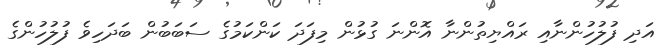
އަދި ފުލުހުންނާއި ރައްޔިތުންނާ އޮންނަ ގުޅުން މިފަދަ ކަންކަމުގެ ސަބަބުން ބަދަހިވެ ފުލުހުންގެ